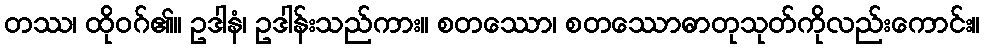
တဿ၊ ထိုဝဂ်၏။ ဥဒါနံ၊ ဥဒါန်းသည်ကား။ စတဿော၊ စတဿောဓာတုသုတ်ကိုလည်းကောင်း။